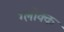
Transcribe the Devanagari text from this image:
ग्लोक्क